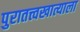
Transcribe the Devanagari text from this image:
पुरातत्त्वखात्याला